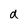
Character: d